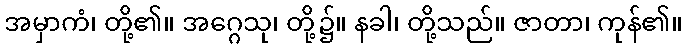
အမှာကံ၊ တို့၏။ အဂ္ဂေသု၊ တို့၌။ နခါ၊ တို့သည်။ ဇာတာ၊ ကုန်၏။